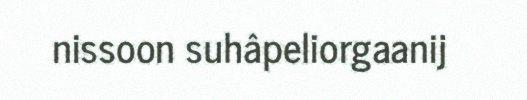
nissoon suhâpeliorgaanij